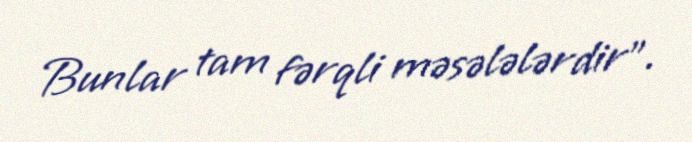
Bunlar tam fərqli məsələlərdir”.